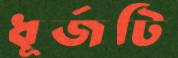
ধূর্জটি